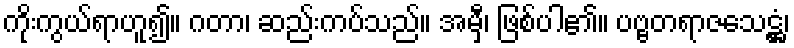
ကိုးကွယ်ရာဟူ၍။ ဂတာ၊ ဆည်းကပ်သည်။ အမှီ၊ ဖြစ်ပါ၏။ ပဗ္ဗတရာဇသေဋ္ဌံ၊